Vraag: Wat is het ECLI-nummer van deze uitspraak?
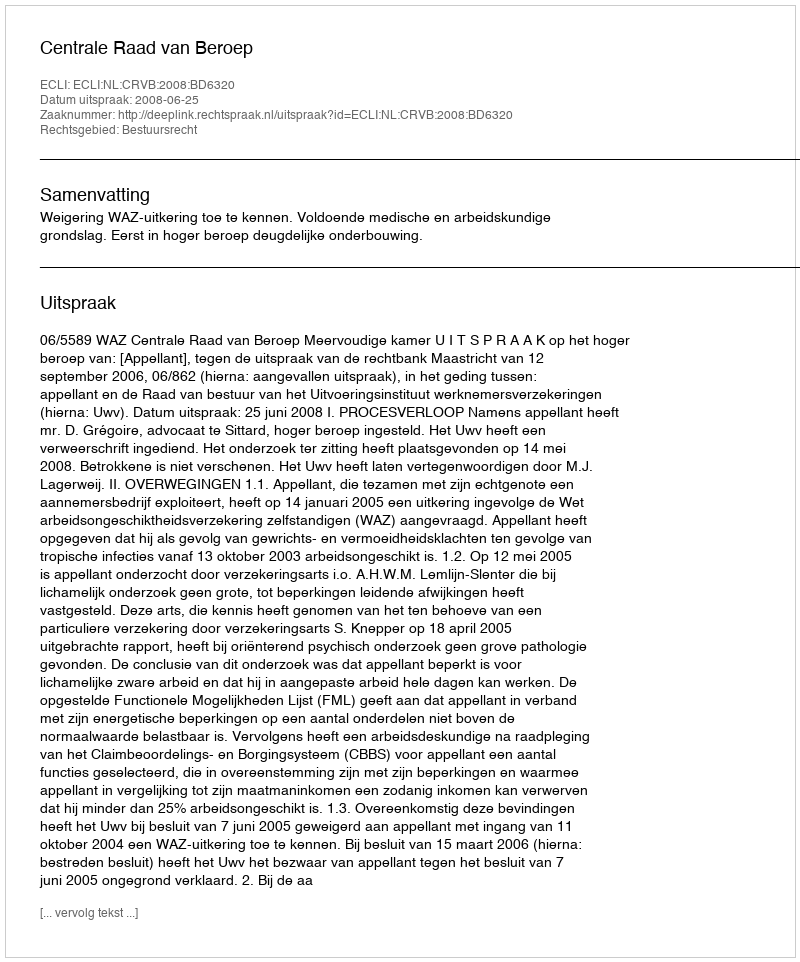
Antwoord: ECLI:NL:CRVB:2008:BD6320